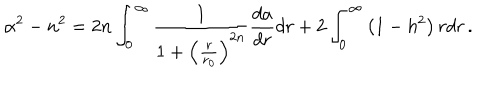
LaTeX: \alpha ^ { 2 } - n ^ { 2 } = 2 n \int _ { 0 } ^ { \infty } { \frac { 1 } { 1 + \left( { \frac { r } { r _ { 0 } } } \right) ^ { 2 n } } } { \frac { d a } { d r } } d r + 2 \int _ { 0 } ^ { \infty } \left( 1 - h ^ { 2 } \right) r d r \, .